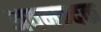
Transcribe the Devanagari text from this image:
अवमन्दक